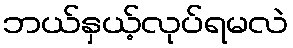
ဘယ်နှယ့်လုပ်ရမလဲ